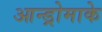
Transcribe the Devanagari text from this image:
आन्ड्रोमाके